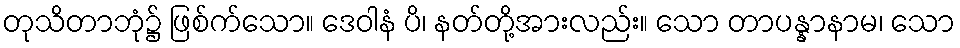
တုသိတာဘုံ၌ ဖြစ်က်သော။ ဒေဝါနံ ပိ၊ နတ်တို့အားလည်း။ သော တာပန္နာနာမ၊ သော